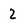
Character: 2